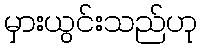
မှားယွင်းသည်ဟု